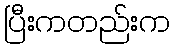
ပြီးကတည်းက